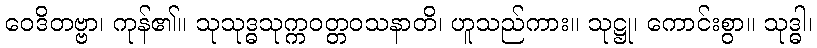
ဝေဒိတဗ္ဗာ၊ ကုန်၏။ သုသုဒ္ဓသုက္ကဝတ္တဝသနာတိ၊ ဟူသည်ကား။ သုဋ္ဌု၊ ကောင်းစွာ။ သုဒ္ဓါ၊